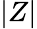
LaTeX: \lvert Z\rvert